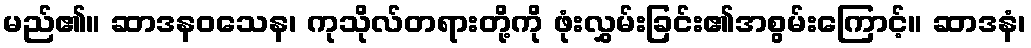
မည်၏။ ဆာဒနဝသေန၊ ကုသိုလ်တရားတို့ကို ဖုံးလွှမ်းခြင်း၏အစွမ်းကြောင့်။ ဆာဒနံ၊